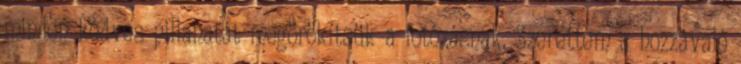
minden kedves pillanatát megörökítsük a fotózásnak. Szerettem a hozzávaló